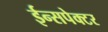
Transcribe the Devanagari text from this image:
ईन्सपेक्टर